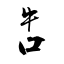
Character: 吿